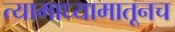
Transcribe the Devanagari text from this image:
त्यामाध्यामातूनच